Vaccination in Burma 1900-1911 - 1900-1911
Year: 1900
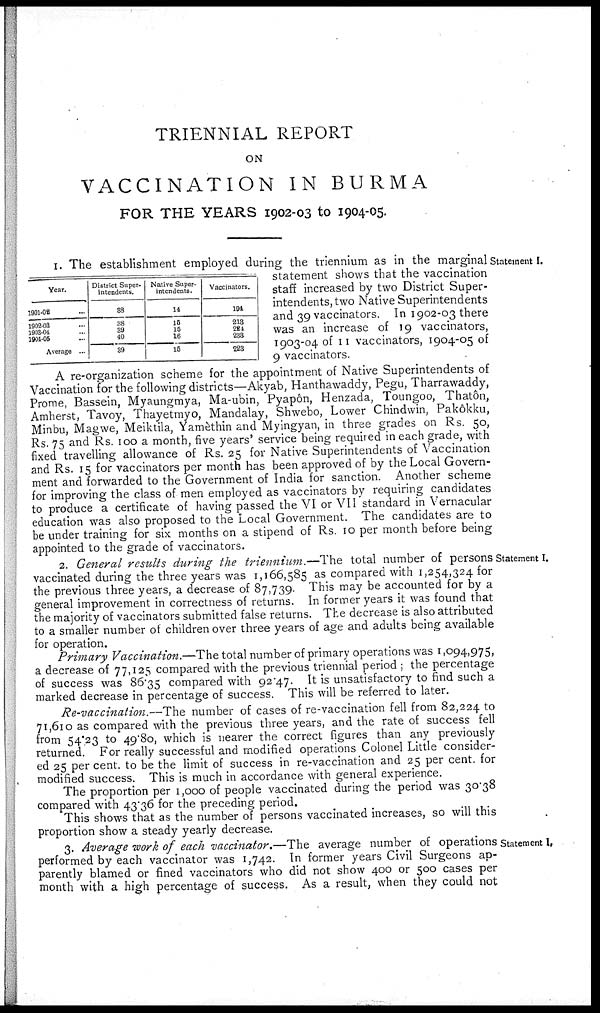
TRIENNIAL REPORT
ON
VACCINATION IN BURMA
FOR THE YEARS 1902-03 to 1904-05.
Statement I.
Year.
1901-02... ...
1902-03... ...
1903-04... ...
1904-05... ...
Average ...
District Super-
intendents.
88
38
39
40
39
Native Super-
intendents.
14
15
15
16
15
Vaccinators.
194
213
224
238
223
1. The establishment employed during the triennium as in the marginal
statement shows that the vaccination
staff increased by two District Super-
intendents, two Native Superintendents
and 39 vaccinators. In 1902-03 there
was an increase of 19 vaccinators,
1903-04 of 11 vaccinators, 1904-05 of
9 vaccinators.
A re-organization scheme for the appointment of Native Superintendents of
Vaccination for the following districts—Akyab, Hanthawaddy, Pegu, Tharrawaddy,
Prome, Bassein, Myaungmya, Ma-ubin, Pyapôn, Henzada, Toungoo, Thatôn,
Amherst, Tavoy, Thayetmyo, Mandalay, Shwebo, Lower Chindwin, Pakôkku,
Minbu, Magwe, Meiktila, Yamèthin and Myingyan, in three grades on Rs. 50,
Rs. 75 and Rs. 100 a month, five years' service being required in each grade, with
fixed travelling allowance of Rs. 25 for Native Superintendents of Vaccination
and Rs. 15 for vaccinators per month has been approved of by the Local Govern-
ment and forwarded to the Government of India for sanction. Another scheme
for improving the class of men employed as vaccinators by requiring candidates
to produce a certificate of having passed the VI or VII standard in Vernacular
education was also proposed to the Local Government. The candidates are to
be under training for six months on a stipend of Rs. 10 per month before being
appointed to the grade of vaccinators.
Statement I.
2. General results during the triennium.—The total number of persons
vaccinated during the three years was 1,166,585 as compared with 1,254,324 for
the previous three years, a decrease of 87,739. This may be accounted for by a
general improvement in correctness of returns. In former years it was found that
the majority of vaccinators submitted false returns. The decrease is also attributed
to a smaller number of children over three years of age and adults being available
for operation.
Primary Vaccination.—The total number of primary operations was 1,094,975,
a decrease of 77,125 compared with the previous triennial period ; the percentage
of success was 86.35 compared with 92.47. It is unsatisfactory to find such a
marked decrease in percentage of success. This will be referred to later.
Re-vaccination.—The number of cases of re-vaccination fell from 82,224 to
71,610 as compared with the previous three years, and the rate of success fell
from 54.23 to 49.80, which is nearer the correct figures than any previously
returned. For really successful and modified operations Colonel Little consider-
ed 25 per cent. to be the limit of success in re-vaccination and 25 per cent. for
modified success. This is much in accordance with general experience.
The proportion per 1,000 of people vaccinated during the period was 30.38
compared with 43.36 for the preceding period.
This shows that as the number of persons vaccinated increases, so will this
proportion show a steady yearly decrease.
Statement I.
3. Average work of each vaccinator.—The average number of operations
performed by each vaccinator was 1,742. In former years Civil Surgeons ap-
parently blamed or fined vaccinators who did not show 400 or 500 cases per
month with a high percentage of success. As a result, when they could not